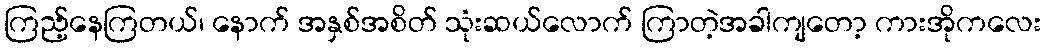
ကြည့်နေကြတယ်၊ နောက် အနှစ်အစိတ် သုံးဆယ်လောက် ကြာတဲ့အခါကျတော့ ကားအိုကလေး